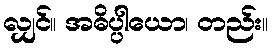
လျှင်။ အဓိပ္ပါယော၊ တည်း။